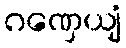
ဂဏှေယျံ